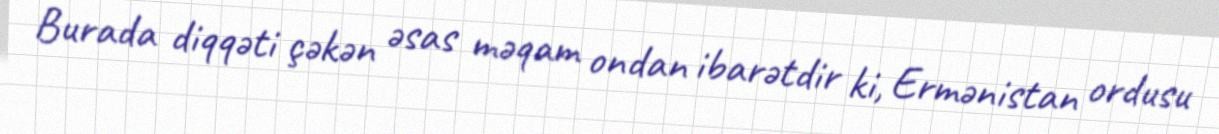
Burada diqqəti çəkən əsas məqam ondan ibarətdir ki, Ermənistan ordusu